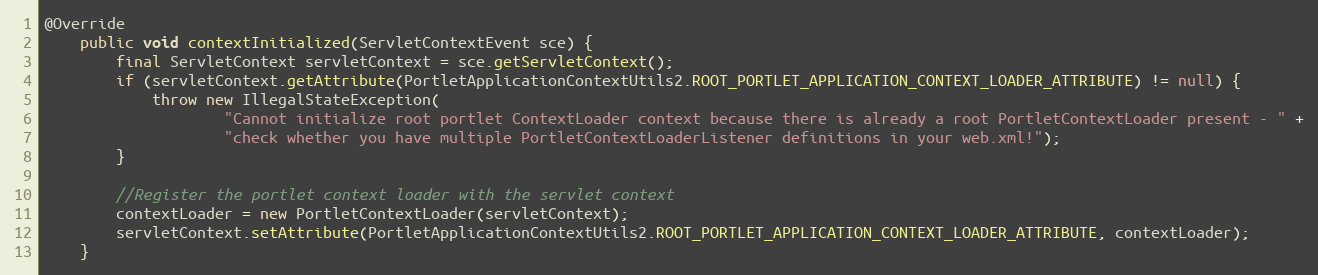
Language: Java
@Override
    public void contextInitialized(ServletContextEvent sce) {
        final ServletContext servletContext = sce.getServletContext();
        if (servletContext.getAttribute(PortletApplicationContextUtils2.ROOT_PORTLET_APPLICATION_CONTEXT_LOADER_ATTRIBUTE) != null) {
            throw new IllegalStateException(
                    "Cannot initialize root portlet ContextLoader context because there is already a root PortletContextLoader present - " +
                    "check whether you have multiple PortletContextLoaderListener definitions in your web.xml!");
        }

        //Register the portlet context loader with the servlet context
        contextLoader = new PortletContextLoader(servletContext);
        servletContext.setAttribute(PortletApplicationContextUtils2.ROOT_PORTLET_APPLICATION_CONTEXT_LOADER_ATTRIBUTE, contextLoader);
    }